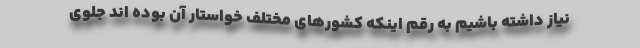
نیاز داشته باشیم به رقم اینکه کشورهای مختلف خواستار آن بوده اند جلوی